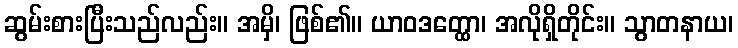
ဆွမ်းစားပြီးသည်လည်း။ အမှိ၊ ဖြစ်၏။ ယာဝဒတ္ထော၊ အလိုရှိတိုင်း။ သွာတနာယ၊